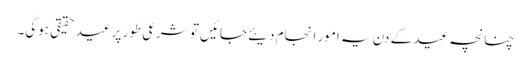
چنانچہ عید کے دن یہ امور انجام دیئے جائیں تو شرعی طور پر عید حقیقی ہوگی۔